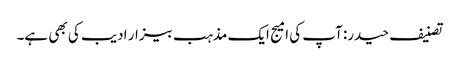
تصنیف حیدر: آپ کی امیج ایک مذہب بیزار ادیب کی بھی ہے۔